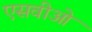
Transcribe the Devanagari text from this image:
एसवीओ